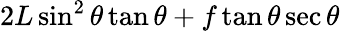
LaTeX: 2L\sin^{2}\theta\tan\theta+f\tan\theta\sec\theta